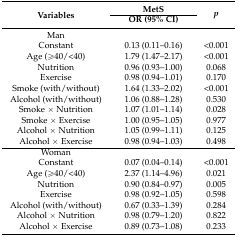
| <ROWSPAN=2> Variables | MetS | <ROWSPAN=2> p |
 | OR (95% CI) |
 | --- | --- | --- |
 | Man |  |  |
 | Constant | 0.13 (0.11–0.16) | <0.001 |
 | Age (≥40/<40) | 1.79 (1.47–2.17) | <0.001 |
 | Nutrition | 0.96 (0.93–1.00) | 0.068 |
 | Exercise | 0.98 (0.94–1.01) | 0.170 |
 | Smoke (with/without) | 1.64 (1.33–2.02) | <0.001 |
 | Alcohol (with/without) | 1.06 (0.88–1.28) | 0.530 |
 | Smoke × Nutrition | 1.07 (1.01–1.14) | 0.028 |
 | Smoke × Exercise | 1.00 (0.95–1.05) | 0.977 |
 | Alcohol × Nutrition | 1.05 (0.99–1.11) | 0.125 |
 | Alcohol × Exercise | 0.98 (0.94–1.03) | 0.498 |
 | Woman |  |  |
 | Constant | 0.07 (0.04–0.14) | <0.001 |
 | Age (≥40/<40) | 2.37 (1.14–4.96) | 0.021 |
 | Nutrition | 0.90 (0.84–0.97) | 0.005 |
 | Exercise | 0.98 (0.92–1.05) | 0.598 |
 | Alcohol (with/without) | 0.67 (0.33–1.39) | 0.284 |
 | Alcohol × Nutrition | 0.98 (0.79–1.20) | 0.822 |
 | Alcohol × Exercise | 0.89 (0.73–1.08) | 0.233 |